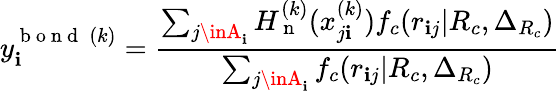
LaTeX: y_{\mathbf{i}}^{\mathrm{{~b~o~n~d~}}\: (k)}=\frac{{\sum_{j\inA_{\mathbf{i}}}H_{\mathrm{{~n~}}}^{(k)}(x_{j\mathbf{i}}^{(k)})f_{c}(r_{\mathbf{i}j}|R_{c},\Delta_{R_{c}})}}{{\sum_{j\inA_{\mathbf{i}}}f_{c}(r_{\mathbf{i}j}|R_{c},\Delta_{R_{c}})}}